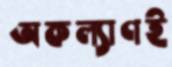
অকল্যাণই